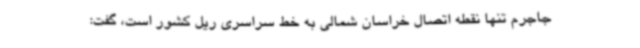
جاجرم تنها نقطه اتصال خراسان شمالی به خط سراسری ریل کشور است، گفت: